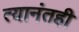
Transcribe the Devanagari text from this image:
त्यानंतही